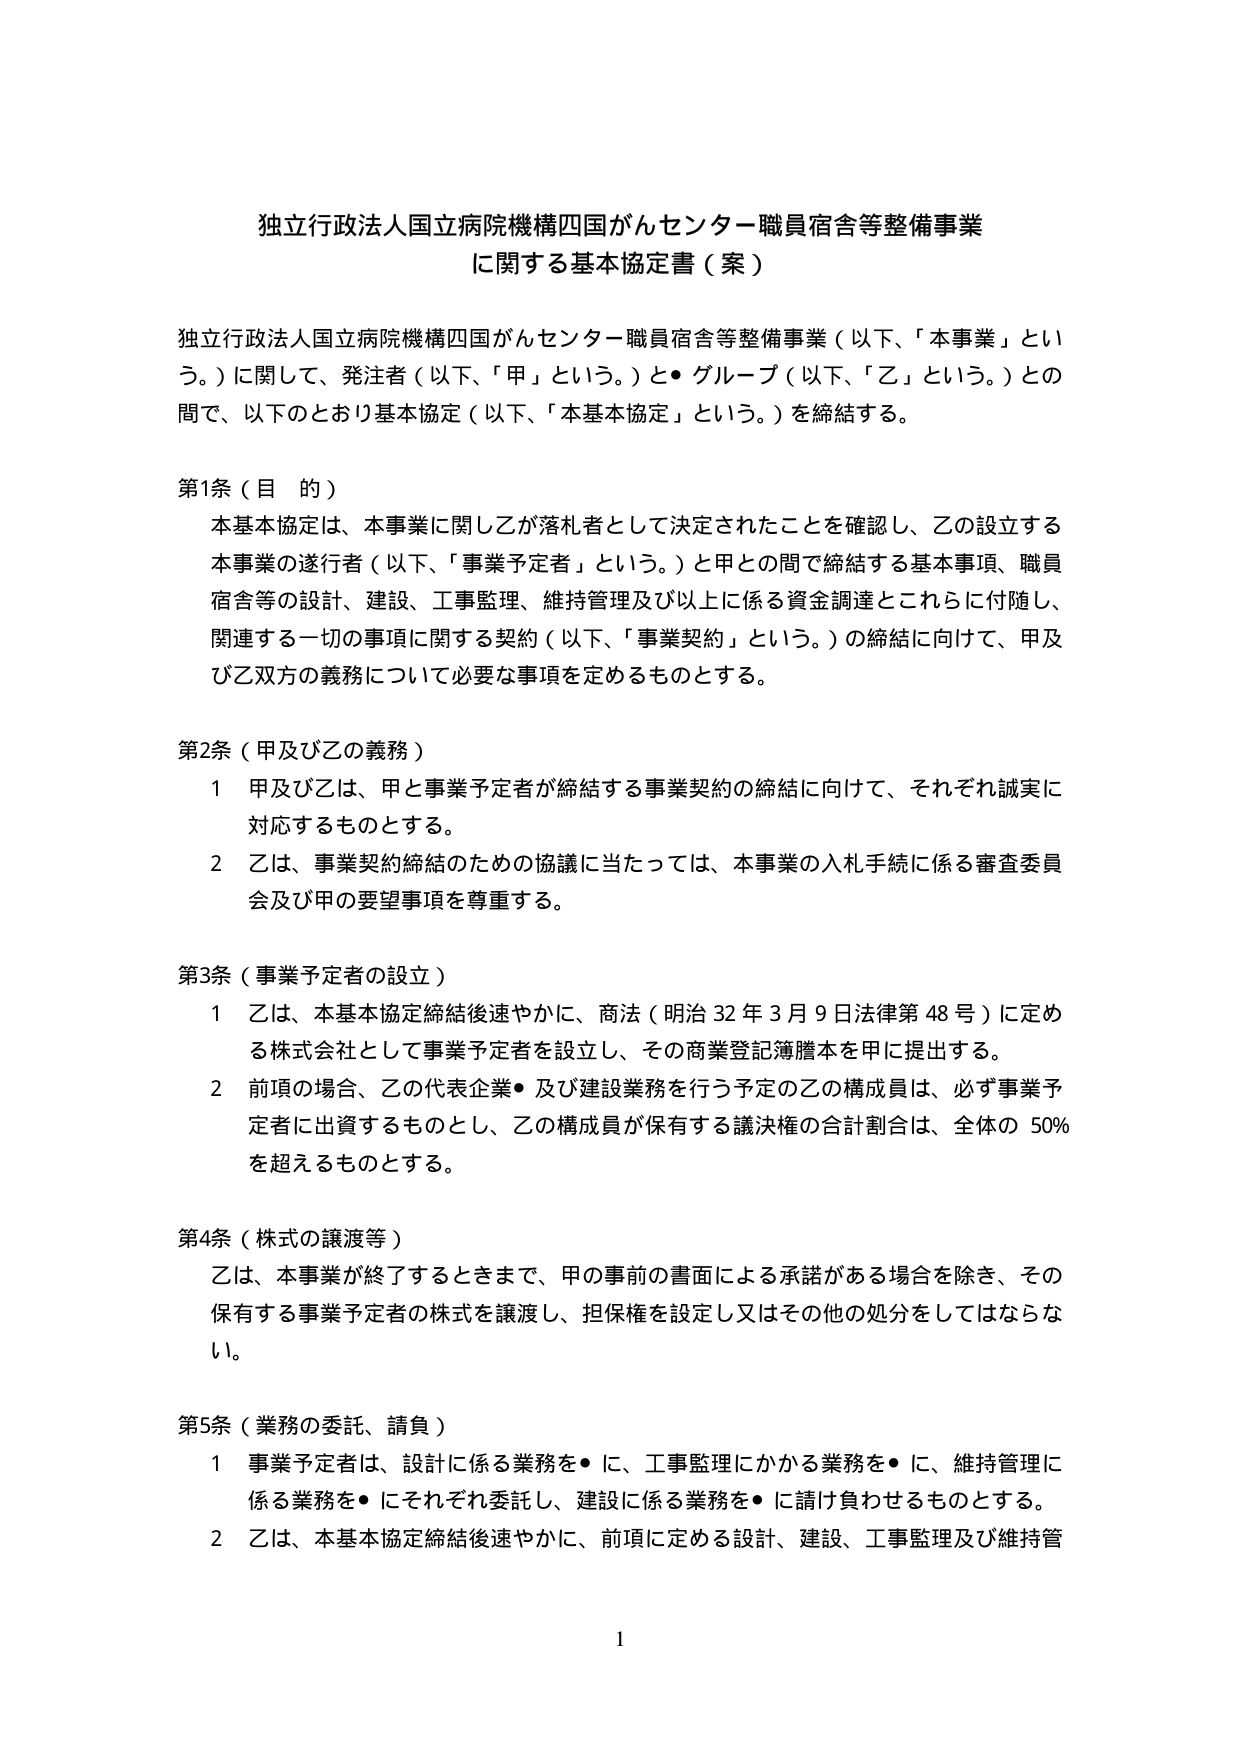
独立行政法人国立病院機構四国がんセンター職員宿舎等整備事業
に関する基本協定書（案）

独立行政法人国立病院機構四国がんセンター職員宿舎等整備事業（以下、「本事業」という。）に関して、発注者（以下、「甲」という。）と・グループ（以下、「乙」という。）との間で、以下のとおり基本協定（以下、「本基本協定」という。）を締結する。

第1条（目的）
本基本協定は、本事業に関して乙が落札者として決定されたことを確認し、乙の設立する本事業の遂行者（以下、「事業予定者」という。）と甲との間で締結する基本事項、職員宿舎等の設計、建設、工事監理、維持管理及び以上に係る資金調達とこれらに付随し、関連する一切の事項に関する契約（以下、「事業契約」という。）の締結に向けて、甲及び乙双方の義務について必要な事項を定めるものとする。

第2条（甲及び乙の義務）
1 甲及び乙は、甲と事業予定者が締結する事業契約の締結に向けて、それぞれ誠実に対応するものとする。
2 乙は、事業契約締結のための協議に当たっては、本事業の入札手続に係る審査委員会及び甲の要望事項を尊重する。

第3条（事業予定者の設立）
1 乙は、本基本協定締結後速やかに、商法（明治32年3月9日法律第48号）に定める株式会社として事業予定者を設立し、その商業登記簿謄本を甲に提出する。
2 前項の場合、乙の代表企業・及び建設業務を行う予定の乙の構成員は、必ず事業予定者に出資するものとし、乙の構成員が保有する議決権の合計割合は、全体の50％を超えるものとする。

第4条（株式の譲渡等）
乙は、本事業が終了するときまで、甲の事前の書面による承諾がある場合を除き、その保有する事業予定者の株式を譲渡し、担保権を設定し又はその他の処分をしてはならない。

第5条（業務の委託、請負）
1 事業予定者は、設計に係る業務を・に、工事監理にかかる業務を・に、維持管理に係る業務を・にそれぞれ委託し、建設に係る業務を・に請け負せるものとする。
2 乙は、本基本協定締結後速やかに、前項に定める設計、建設、工事監理及び維持管

1